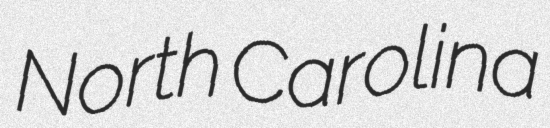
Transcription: North Carolina